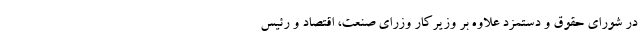
در شورای حقوق و دستمزد علاوه بر وزیرکار وزرای صنعت، اقتصاد و رئیس